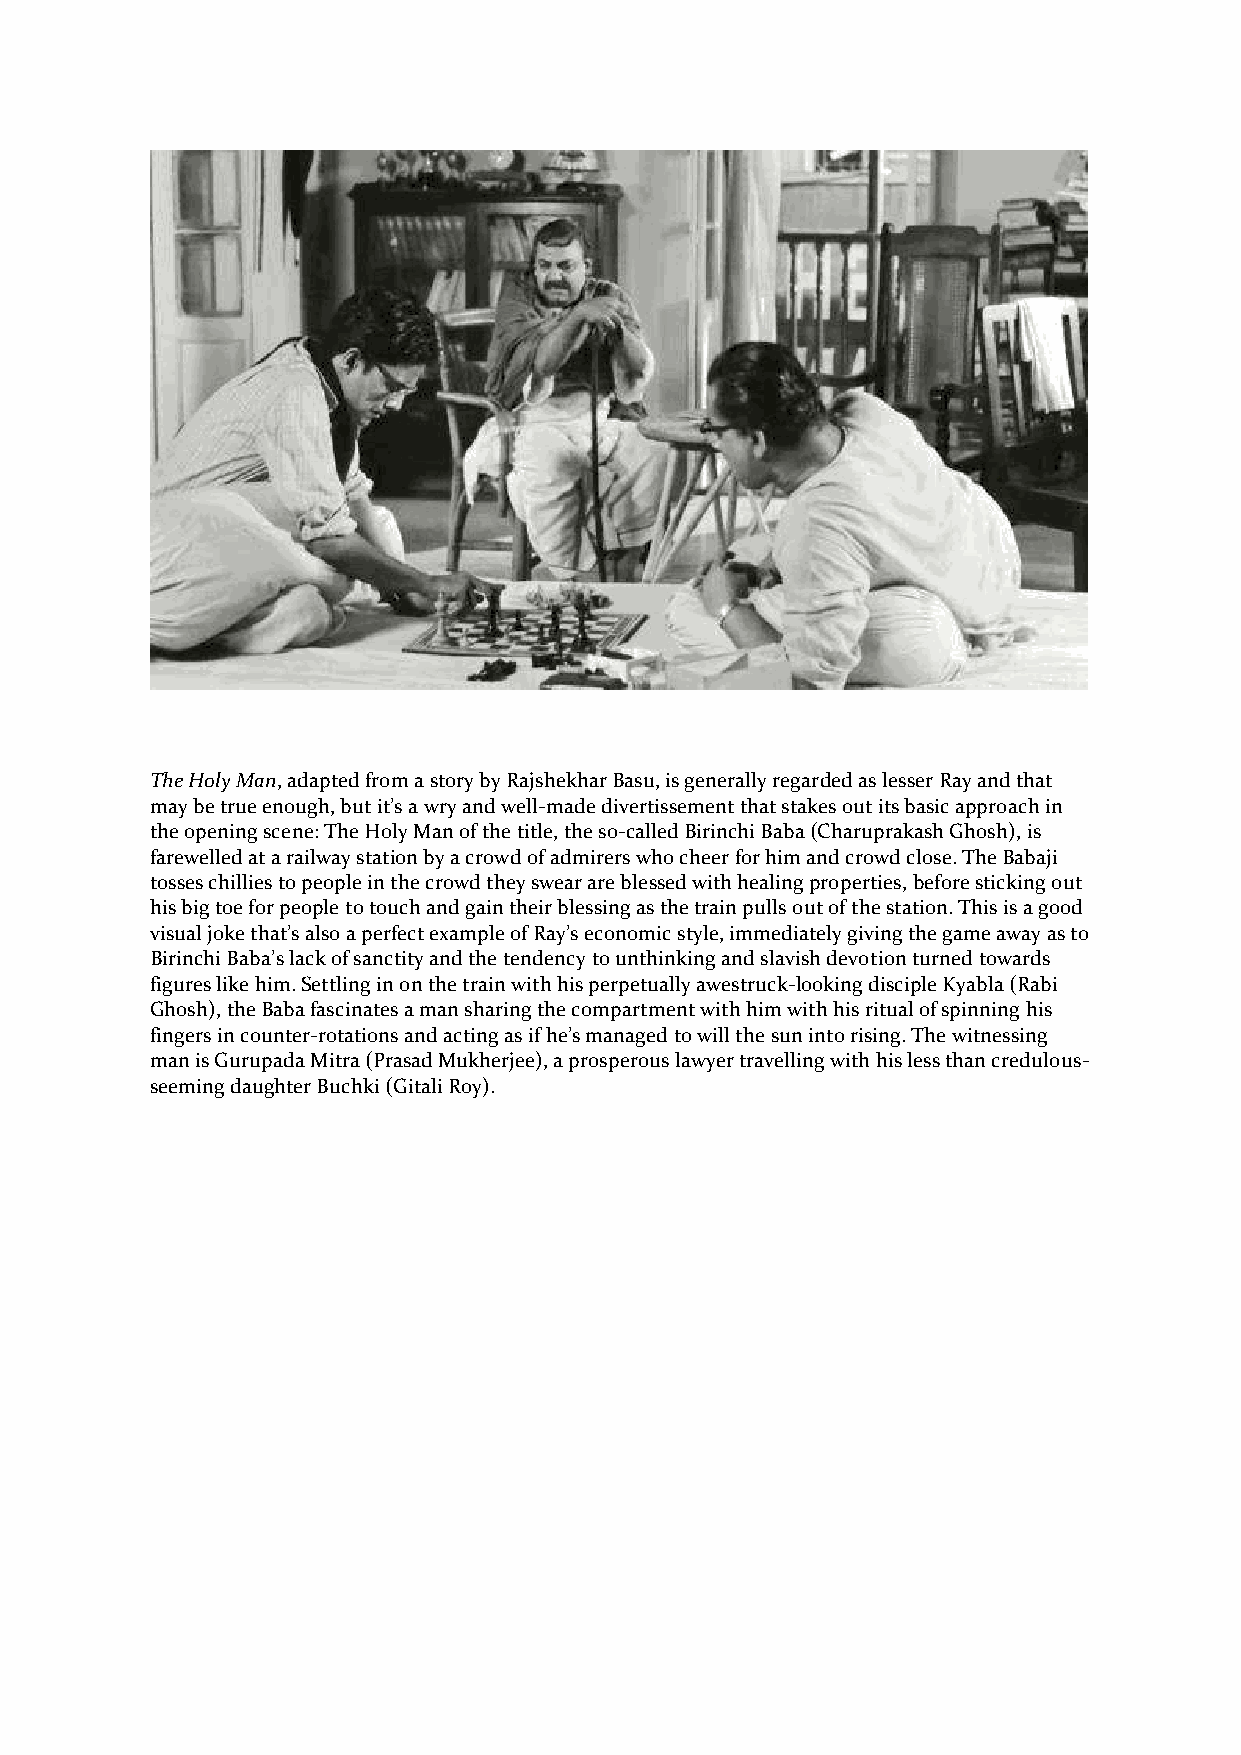
The Holy Man, adapted from a story by Rajshekhar Basu, is generally regarded as lesser Ray and that
 may be true enough, but it’s a wry and well-made divertissement that stakes out its basic approach in
 the opening scene: The Holy Man of the title, the so-called Birinchi Baba (Charuprakash Ghosh), is
 farewelled at a railway station by a crowd of admirers who cheer for him and crowd close. The Babaji
 tosses chillies to people in the crowd they swear are blessed with healing properties, before sticking out
 his big toe for people to touch and gain their blessing as the train pulls out of the station. This is a good
 visual joke that’s also a perfect example of Ray’s economic style, immediately giving the game away as to
 Birinchi Baba’s lack of sanctity and the tendency to unthinking and slavish devotion turned towards
 figures like him. Settling in on the train with his perpetually awestruck-looking disciple Kyabla (Rabi
 Ghosh), the Baba fascinates a man sharing the compartment with him with his ritual of spinning his
 fingers in counter-rotations and acting as if he’s managed to will the sun into rising. The witnessing
 man is Gurupada Mitra (Prasad Mukherjee), a prosperous lawyer travelling with his less than credulous-
 seeming daughter Buchki (Gitali Roy).